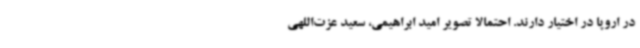
در اروپا در اختیار دارند. احتمالا تصویر امید ابراهیمی، سعید عزت‌اللهی